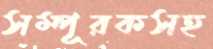
সম্পূরকসহ